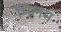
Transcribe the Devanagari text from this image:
मिलम